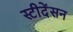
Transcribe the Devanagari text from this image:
स्टीदेंसन